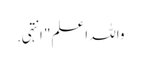
واللہ اعلم" انتہی .